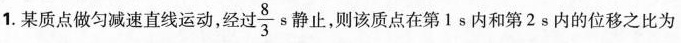
1.某质点做匀减速直线运动，经过 \frac{8}{3}s静止，则该质点在第1s内和第2s内的位移之比为